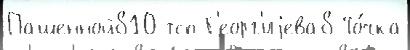
Пашенной810 тсп Г'еорг'иjева8 То́чка